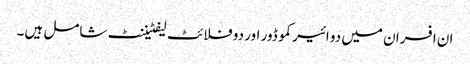
ان افسران میں دو ائیر کموڈور اور دو فلائٹ لیفٹیننٹ شامل ہیں۔